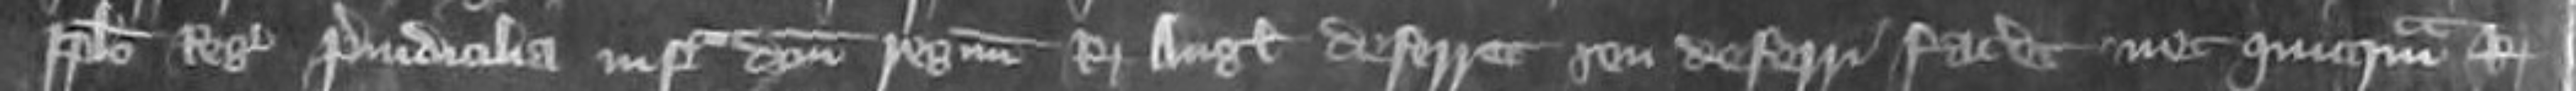
populo Regis preiudicialia infra domini regnum Regis Anglie deferret seu deferri faceret nec quicquam Regi